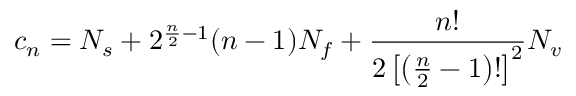
c _ { n } = N _ { s } + 2 ^ { { \frac { n } { 2 } } - 1 } ( n - 1 ) N _ { f } + { \frac { n ! } { 2 \left[ \left( { \frac { n } { 2 } } - 1 \right) ! \right] ^ { 2 } } } N _ { v }